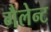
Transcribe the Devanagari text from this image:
गैलेन्ट